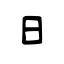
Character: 日